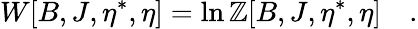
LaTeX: W[B,J,\eta^{\ast},\eta]=\ln\mathbb{Z}[B,J,\eta^{\ast},\eta]\quad.